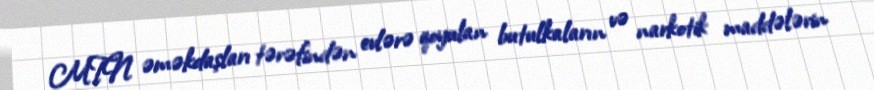
MTN əməkdaşları tərəfindən evlərə qoyulan butulkaların və narkotik maddələrin